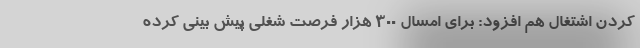
کردن اشتغال هم افزود: برای امسال ۳۰۰ هزار فرصت شغلی پیش بینی کرده